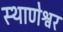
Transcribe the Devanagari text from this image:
स्थाणेश्वर